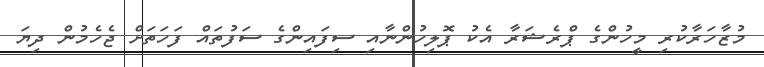
މުޒާހަރާކުރި މީހުންގެ ޕްރެޝަރާ އެކު ޕޮލިހުންނާއި ސިފައިންގެ ސަފުތައް ފަހަތަށް ޖެހެމުން ދިޔަ